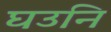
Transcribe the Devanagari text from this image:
घउनि